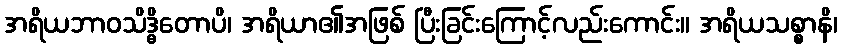
အရိယဘာဝသိဒ္ဓိတောပိ၊ အရိယာ၏အဖြစ် ပြီးခြင်းကြောင့်လည်းကောင်း။ အရိယသစ္စာနိ၊